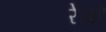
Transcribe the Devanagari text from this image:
रेजो